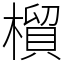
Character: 橮